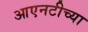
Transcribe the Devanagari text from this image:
आएनटीच्या